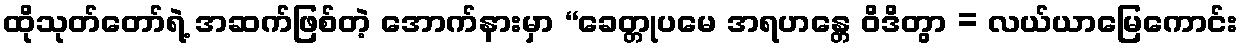
ထိုသုတ်တော်ရဲ့ အဆက်ဖြစ်တဲ့ အောက်နားမှာ “ခေတ္တုပမေ အရဟန္တေ ဝိဒိတွာ = လယ်ယာမြေကောင်း